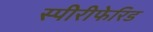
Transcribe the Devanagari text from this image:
स्पीरीफेरिड